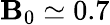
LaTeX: \mathbf{B}_{0}\simeq0.7